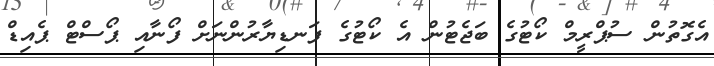
އެގޮތުން ސުޕްރީމް ކޯޓުގެ ބަޖެޓުން އެ ކޯޓުގެ ފަނޑިޔާރުންނަށް ފޯނާއި ޕޯސްޓް ޕެއިޑް